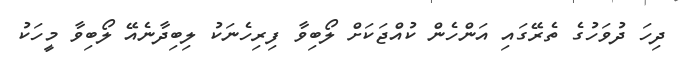
ދިހަ ދުވަހުގެ ތެރޭގައި އަންހެން ކުއްޖަކަށް ލޯބިވާ ފިރިހެނަކު ލިބިދާނެއޭ ލޯބިވާ މީހަކު